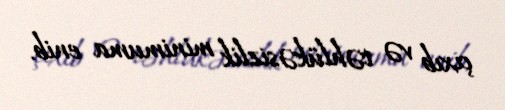
çıxıb və təhlükəsizlik minimuma enib.